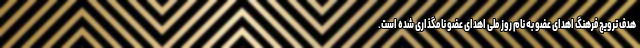
هدف ترویج فرهنگ اهدای عضو به نام روز ملی اهدای عضو نامگذاری شده است.